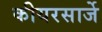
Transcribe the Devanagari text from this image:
कीयरसार्जे